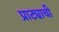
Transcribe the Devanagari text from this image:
प्राट्याची